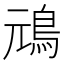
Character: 䲮